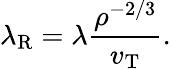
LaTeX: \lambda_{\mathrm{R}}=\lambda\frac{\rho^{-2/3}}{v_{\mathrm{T}}}.